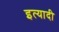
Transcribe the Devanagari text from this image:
इत्यादी